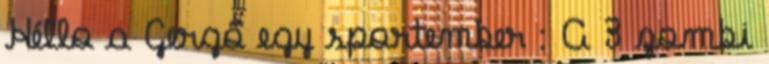
Héllo a Gergő egy sportember : A 3 zombi